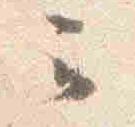
云